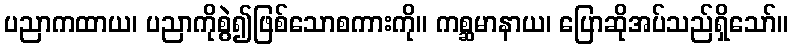
ပညာကထာယ၊ ပညာကိုစွဲ၍ဖြစ်သောစကားကို။ ကစ္ဆမာနာယ၊ ပြောဆိုအပ်သည်ရှိသော်။